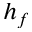
h _ { f }